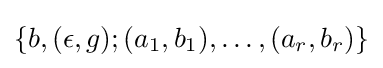
\{b,(\epsilon ,g);(a_{1},b_{1}),\ldots ,(a_{r},b_{r})\}